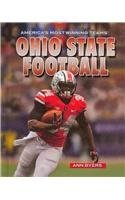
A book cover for America's Most Winning Teams - Set 1; Ann Byers; Teen & Young Adult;